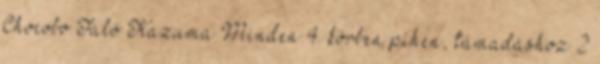
Chocobo Faló Kazuma Minden 4. körben pihen, támadáshoz 2